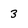
Character: 3